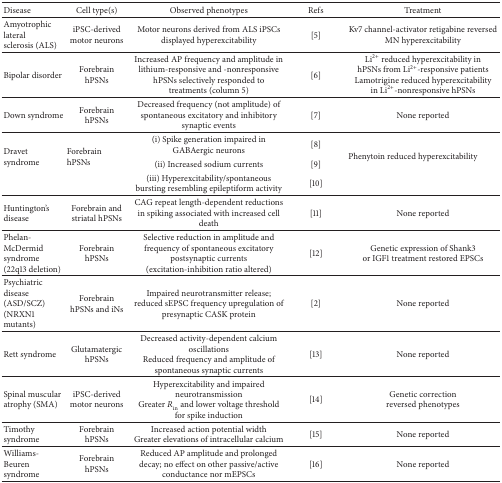
<table><thead><tr><td><b>Disease</b></td><td><b>Cell type(s)</b></td><td><b>Observed phenotypes</b></td><td><b>Refs</b></td><td><b>Treatment</b></td></tr></thead><tbody><tr><td>Amyotrophic lateral sclerosis (ALS)</td><td>iPSC-derived motor neurons</td><td>Motor neurons derived from ALS iPSCs displayed hyperexcitability</td><td>[5]</td><td>Kv7 channel-activator retigabine reversed MN hyperexcitability</td></tr><tr><td>Bipolar disorder</td><td> Forebrain hPSNs</td><td>Increased AP frequency and amplitude in lithium-responsive and -nonresponsive hPSNs selectively responded to treatments (column 5)</td><td>[6]</td><td>Li<sup>2+</sup> reduced hyperexcitability in hPSNs from Li<sup>2+</sup>-responsive patientsLamotrigine reduced hyperexcitability in Li<sup>2+</sup>-nonresponsive hPSNs</td></tr><tr><td>Down syndrome</td><td>Forebrain hPSNs</td><td>Decreased frequency (not amplitude) of spontaneous excitatory and inhibitory synaptic events</td><td> [7] </td><td>None reported</td></tr><tr><td rowspan="3">Dravet syndrome</td><td rowspan="3">Forebrain hPSNs</td><td>(i) Spike generation impaired in GABAergic neurons</td><td>[8] </td><td rowspan="3">Phenytoin reduced hyperexcitability</td></tr><tr><td>(ii) Increased sodium currents</td><td>[9]</td></tr><tr><td>(iii) Hyperexcitability/spontaneous bursting resembling epileptiform activity</td><td>[10] </td></tr><tr><td>Huntington&#x27;s disease</td><td>Forebrain and striatal hPSNs</td><td>CAG repeat length-dependent reductions in spiking associated with increased cell death</td><td> [11] </td><td>None reported</td></tr><tr><td>Phelan-McDermid syndrome (22q13 deletion) </td><td> Forebrain hPSNs</td><td>Selective reduction in amplitude and frequency of spontaneous excitatory postsynaptic currents (excitation-inhibition ratio altered)</td><td> [12] </td><td>Genetic expression of Shank3 or IGF1 treatment restored EPSCs</td></tr><tr><td>Psychiatric disease(ASD/SCZ)(NRXN1 mutants)</td><td>Forebrain hPSNs and iNs</td><td>Impaired neurotransmitter release; reduced sEPSC frequency upregulation of presynaptic CASK protein</td><td> [2] </td><td>None reported</td></tr><tr><td>Rett syndrome</td><td> Glutamatergic hPSNs</td><td>Decreased activity-dependent calcium oscillationsReduced frequency and amplitude of spontaneous synaptic currents</td><td> [13] </td><td>None reported</td></tr><tr><td>Spinal muscular atrophy (SMA)</td><td> iPSC-derived motor neurons</td><td>Hyperexcitability and impaired neurotransmissionGreater <i>R</i><sub>in</sub> and lower voltage threshold for spike induction</td><td> [14] </td><td>Genetic correction reversed phenotypes</td></tr><tr><td>Timothy syndrome</td><td>Forebrain hPSNs</td><td>Increased action potential widthGreater elevations of intracellular calcium</td><td> [15] </td><td>None reported</td></tr><tr><td>Williams-Beuren syndrome</td><td> Forebrain hPSNs</td><td>Reduced AP amplitude and prolonged decay; no effect on other passive/active conductance nor mEPSCs</td><td> [16] </td><td>None reported</td></tr></tbody></table>